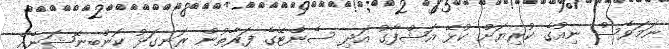
ނަމަވެސް ނިއުގެ ކުރިޔަށް ކުޅޭ އަޝްފާގު އަދި ސެންޓޭގެ ފަރާތުން ރަނގަޅު ކޮންބިނޭޝަނެއް